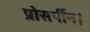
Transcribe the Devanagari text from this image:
प्रोसर्पीन।